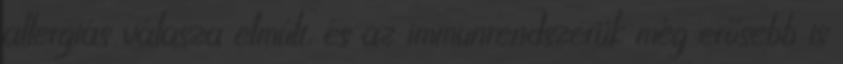
allergiás válasza elmúlt, és az immunrendszerük még erősebb is